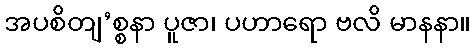
အပစိတျ’စ္စနာ ပူဇာ၊ ပဟာရော ဗလိ မာနနာ။